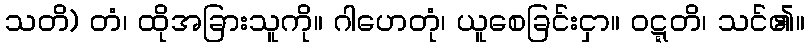
သတိ) တံ၊ ထိုအခြားသူကို။ ဂါဟေတုံ၊ ယူစေခြင်းငှာ။ ဝဋ္ဋတိ၊ သင်၏။